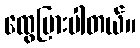
ထွေပြားပါတယ်။